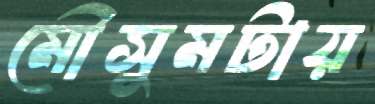
মৌসুমটায়